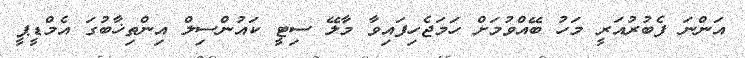
އަންނަ ފެބުރުއަރީ މަހު ބޭއްވުމަށް ހަމަޖެހިފައިވާ މާލޭ ސިޓީ ކައުންސިލް އިންތިޚާބުގަ އެމްޑީޕީ